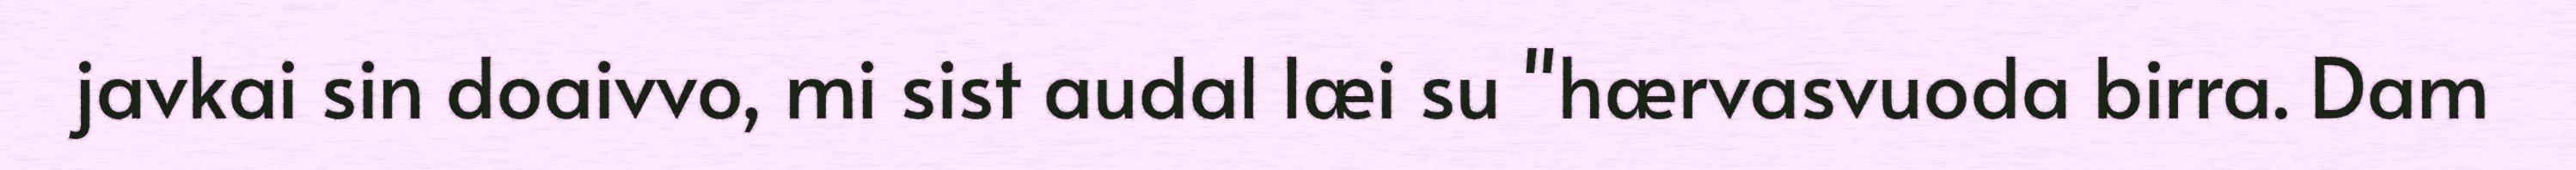
javkai sin doaivvo, mi sist audal læi su "hærvasvuoda birra. Dam